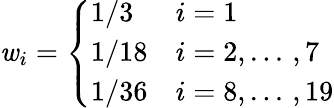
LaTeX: \mathit{w}_{i}=\left\{ \begin{array}{ll}{1/3}&{i=1}\\ {1/18}&{i=2,...\, ,7}\\ {1/36}&{i=8,...\, ,19}\end{array}\right.